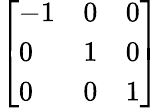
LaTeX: \left[{\begin{array}{lll}{-1}&{0}&{0}\\ {0}&{1}&{0}\\ {0}&{0}&{1}\end{array}}\right]